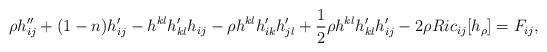
LaTeX: \begin{align*} \rho h_{ij}'' + (1-n)h_{ij}' - h^{kl}h_{kl}'h_{ij} - \rho h^{kl}h_{ik}'h_{jl}' +\frac 12 \rho h^{kl}h_{kl}' h_{ij}'- 2\rho Ric_{ij}[h_\rho] =F_{ij}, \end{align*}